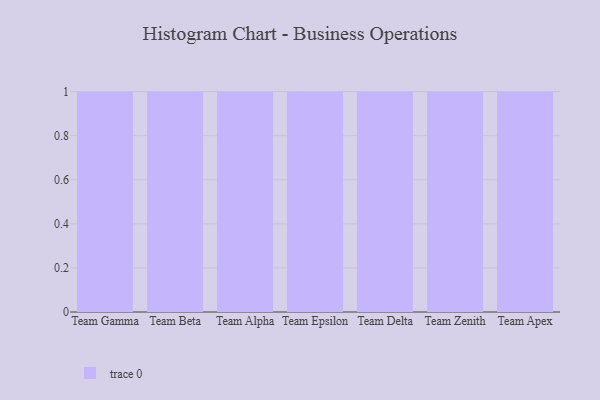
{"axis": {"x": "Team", "y": "Tickets Resolved"}, "legend": [""], "data": [{"x": "Team Gamma", "y": 78, "type": ""}, {"x": "Team Beta", "y": 8, "type": ""}, {"x": "Team Alpha", "y": 14, "type": ""}, {"x": "Team Epsilon", "y": 19, "type": ""}, {"x": "Team Delta", "y": 45, "type": ""}, {"x": "Team Zenith", "y": 35, "type": ""}, {"x": "Team Apex", "y": 65, "type": ""}]}